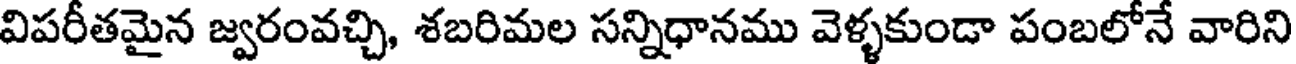
విపరీతమైన జ్వరంవచ్చి, శబరిమల సన్నిధానము వెళ్ళకుండా పంబలోనే వారిని